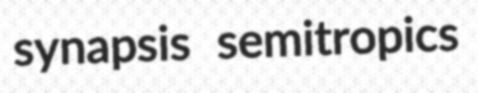
synapsis semitropics